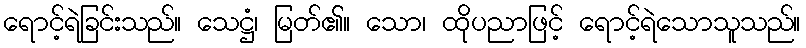
ရောင့်ရဲခြင်းသည်။ သေဋ္ဌံ၊ မြတ်၏။ သော၊ ထိုပညာဖြင့် ရောင့်ရဲသောသူသည်။